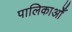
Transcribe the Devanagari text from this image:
पालिकाओँ